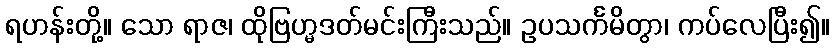
ရဟန်းတို့။ သော ရာဇ၊ ထိုဗြဟ္မဒတ်မင်းကြီးသည်။ ဥပသင်္ကမိတွာ၊ ကပ်လေပြီး၍။